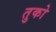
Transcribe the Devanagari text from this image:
तुको